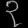
Digit: ၃